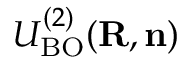
{ \cal U } _ { \mathrm { B O } } ^ { ( 2 ) } ( { \bf R , n } )